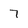
Character: 7